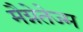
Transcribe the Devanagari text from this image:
मैग्नेतेज्म